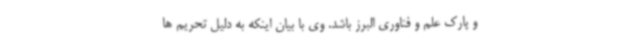
و پارک علم و فناوری البرز باشد. وی با بیان اینکه به دلیل تحریم ها